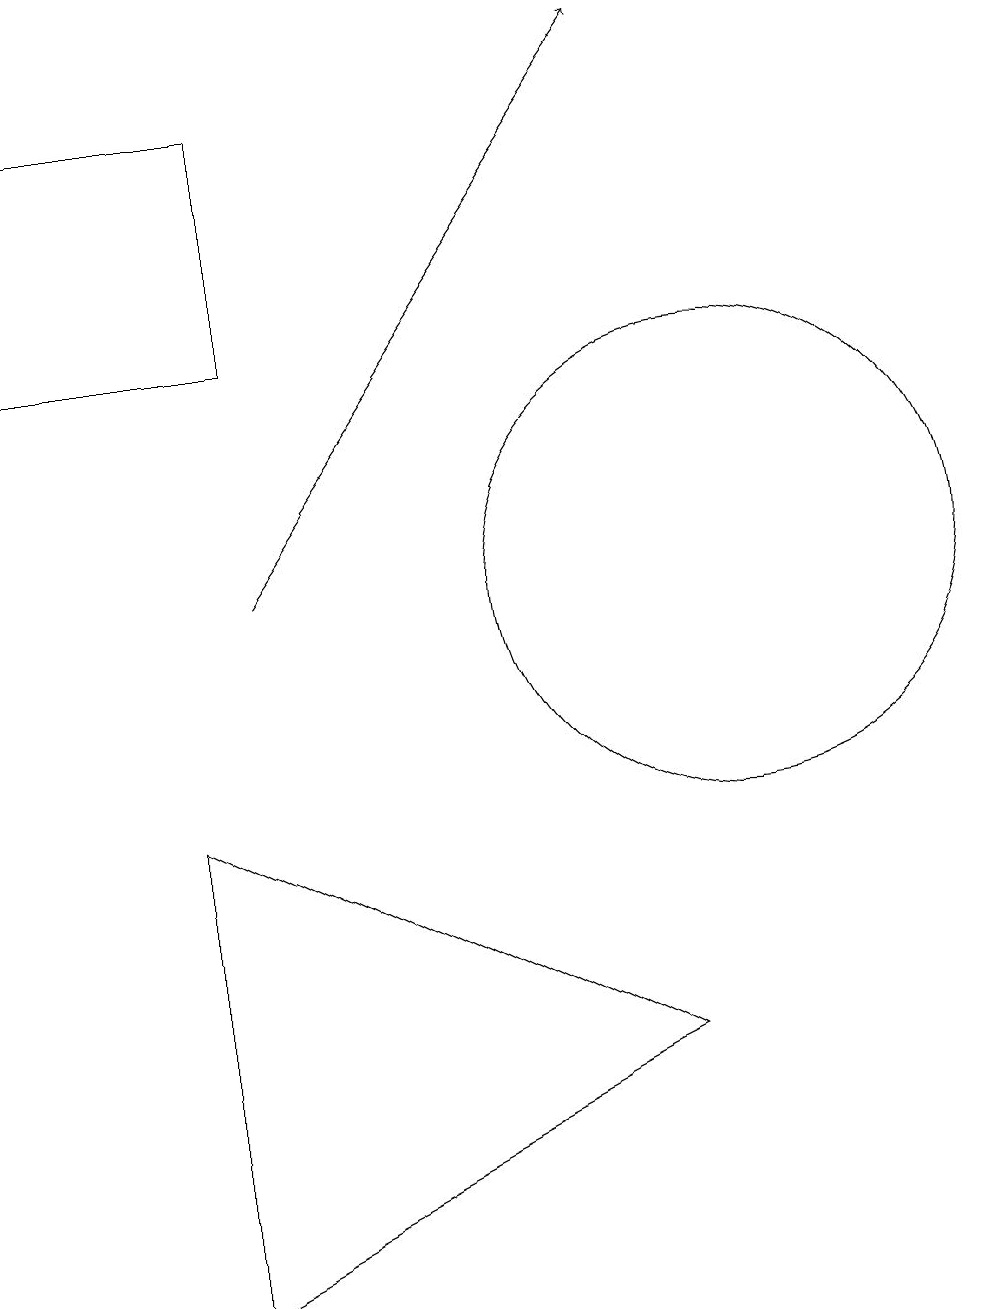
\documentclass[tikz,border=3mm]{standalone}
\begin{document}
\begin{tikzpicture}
\draw (4,17) rectangle (1,14);
\draw (10,11) circle (3);
\draw (9,5) -- (3,8) -- (3,2) -- cycle;
\draw[->] (4,11) -- (9,18);
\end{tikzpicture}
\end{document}